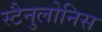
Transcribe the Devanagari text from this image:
स्टैनुलोनिस